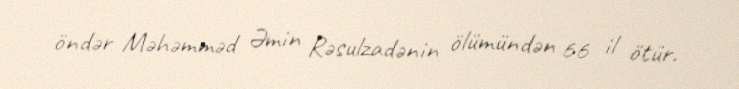
öndər Məhəmməd Əmin Rəsulzadənin ölümündən 66 il ötür.